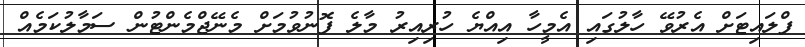
ފްލައިޓަށް އެރުވޭ ހާލުގައި އެމީހާ އިއްޔެ ހުރިއިރު މާލެ ފޮނުވުމަށް މެނޭޖްމެންޓުން ސަމާލުކަމެއް